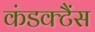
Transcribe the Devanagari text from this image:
कंडक्टैंस